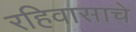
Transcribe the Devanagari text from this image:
रहिवासाचे